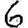
Digit: 6